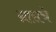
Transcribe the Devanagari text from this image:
ग्रासचे